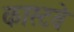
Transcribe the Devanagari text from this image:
कास्टवे